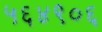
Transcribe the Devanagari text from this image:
५६४९०६